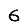
Digit: 6